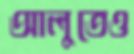
আলুতেও